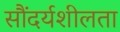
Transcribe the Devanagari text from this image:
सौंदर्यशीलता